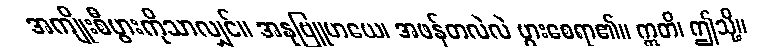
အကျိုးစီပွားကိုသာလျှင်။ အနုဗြူဟယေ၊ အဖန်တလဲလဲ ပွားစေရာ၏။ ဣတိ၊ ဤသို့။